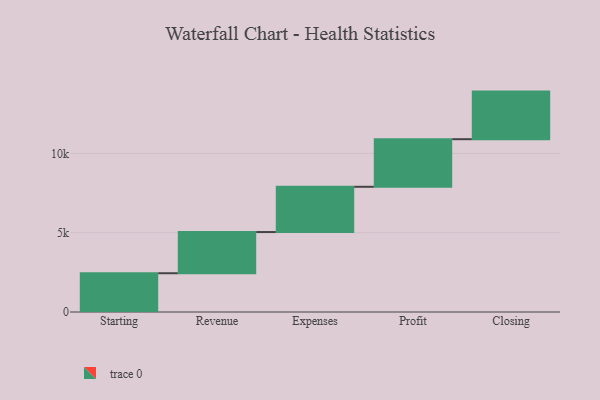
{"axis": {"x": "Step", "y": "Value"}, "legend": [""], "data": [{"x": "Starting", "y": 2443.0, "type": ""}, {"x": "Revenue", "y": 2597.0, "type": ""}, {"x": "Expenses", "y": 2853.0, "type": ""}, {"x": "Profit", "y": 3000, "type": ""}, {"x": "Closing", "y": 3000, "type": ""}]}